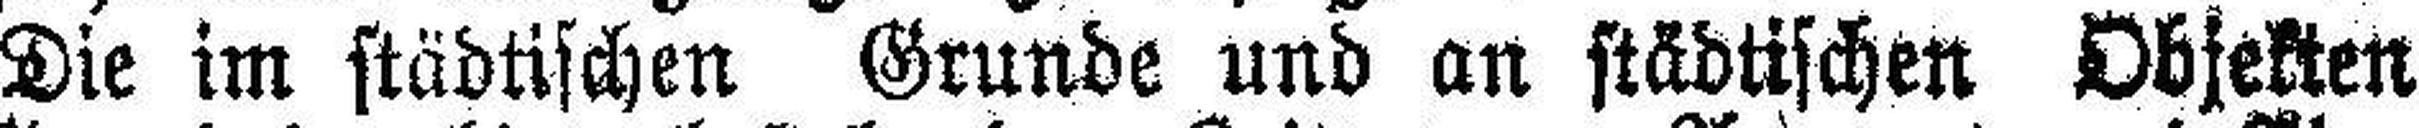
Die im städtischen Grunde und an städtischen Objekten